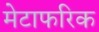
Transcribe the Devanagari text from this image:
मेटाफरिक